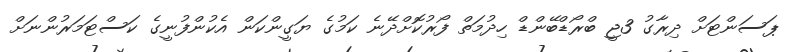
ޕަސަންޓަށް ދިރާގު 3ޖީ ބްރޯޑްބޭންޑް ހިދުމަތް ފޯރުކޮށްދޭނެ ކަމުގެ ޔަގީންކަން އެކުންފުނީގެ ކަސްޓަމަރުންނަށް